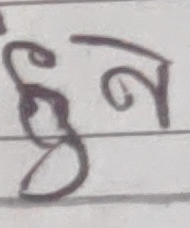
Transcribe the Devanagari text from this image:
हुन